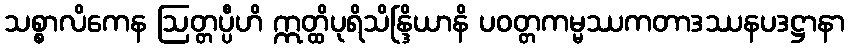
သစ္စာလိကေန ဩတ္တပ္ပီဟိ ဣတ္ထိပုရိသိန္ဒြိယာနိ ပဝတ္တကမ္မဿကတာဒဿနပဒဋ္ဌာနာ